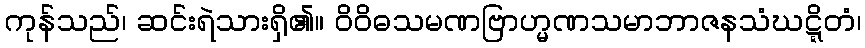
ကုန်သည်၊ ဆင်းရဲသားရှိ၏။ ဝိဝိဓသမဏဗြာဟ္မဏသမာဘာဇနသံဃဋ္ဋိတံ၊